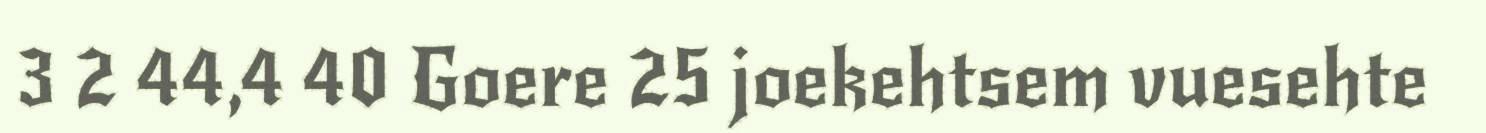
3 2 44,4 40 Goere 25 joekehtsem vuesehte